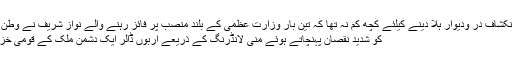
اسکے باوجود یہ انکشاف در ودیوار ہلا دینے کیلئے کچھ کم نہ تھا کہ تین بار وزارت عظمیٰ کے بلند منصب پر فائز رہنے والے نواز شریف نے وطن عزیز کے مفادات
کو شدید نقصان پہنچاتے ہوئے منی لانڈرنگ کے ذریعے اربوں ڈالر ایک دشمن ملک کے قومی خزانے تک پہنچائے۔